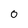
Character: 0